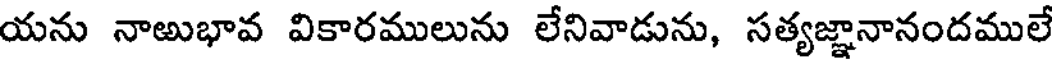
యను నాఱుభావ వికారములును లేనివాడును, సత్యజ్ఞానానందములే